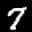
Label: 7